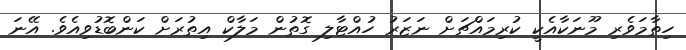
ހިތާމަވެރި މޫނަކާއެކީ ކުރިމައްޗަށް ނަޒަރު ހުއްޓާލި ގޮތުން މަލާކް އިތުރަށް ކަންބޮޑުވިއެވެ. އޭނަ